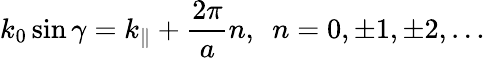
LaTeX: k_{0}\sin\gamma=k_{\| }+\frac{2\pi}{a}n,\, \, \, n=0,\pm 1,\pm 2,\dots